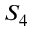
S _ { 4 }